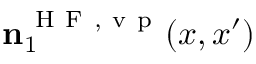
\ensuremath { \mathbf { n } } _ { 1 } ^ { \ensuremath { \mathrm { ~ H ~ F ~ } } , \ensuremath { \mathrm { ~ v ~ p ~ } } } ( x , x ^ { \prime } )